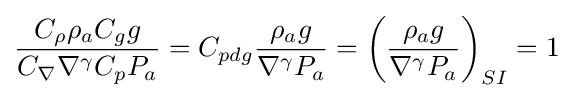
{\frac {C_{\rho }\rho _{a}C_{g}g}{C_{\nabla }\nabla ^{\gamma }C_{p}P_{a}}}=C_{pdg}{\frac {\rho _{a}g}{\nabla ^{\gamma }P_{a}}}=\left({\frac {\rho _{a}g}{\nabla ^{\gamma }P_{a}}}\right)_{SI}=1